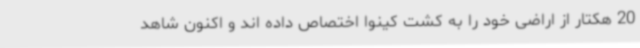
20 هکتار از اراضی خود را به کشت کینوا اختصاص داده اند و اکنون شاهد